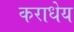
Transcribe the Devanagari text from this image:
कराधेय